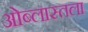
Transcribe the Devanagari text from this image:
ओब्लास्तला